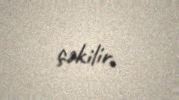
çəkilir.